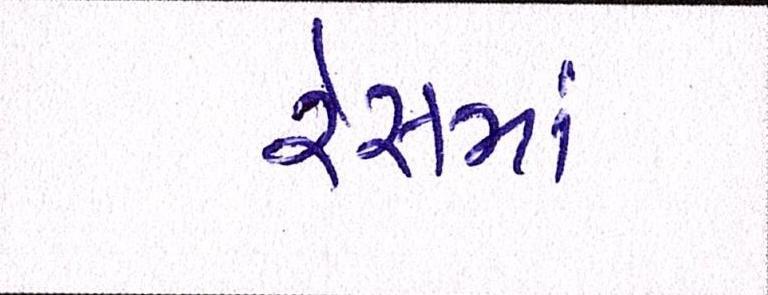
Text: રેસમાં